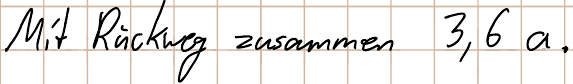
Mit Rückweg zusammen 3,6 a.